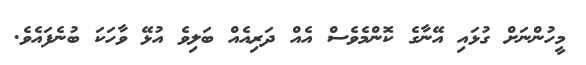
މީހުންނަށް ގުޅައި އޭނާގެ ކޮންމެވެސް އެއް ދަރިއެއް ބަލިވެ އުޅޭ ވާހަކަ ބުނެފައެވެ.